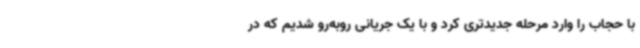
با حجاب را وارد مرحله جدیدتری کرد و با یک جریانی روبه‌رو شدیم که در